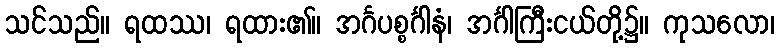
သင်သည်။ ရထဿ၊ ရထား၏။ အင်္ဂပစ္စင်္ဂါနံ၊ အင်္ဂါကြီးငယ်တို့၌။ ကုသလော၊